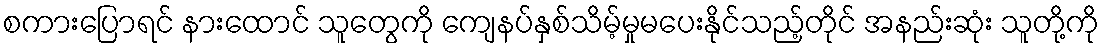
စကားပြောရင် နားထောင် သူတွေကို ကျေနပ်နှစ်သိမ့်မှုမပေးနိုင်သည့်တိုင် အနည်းဆုံး သူတို့ကို